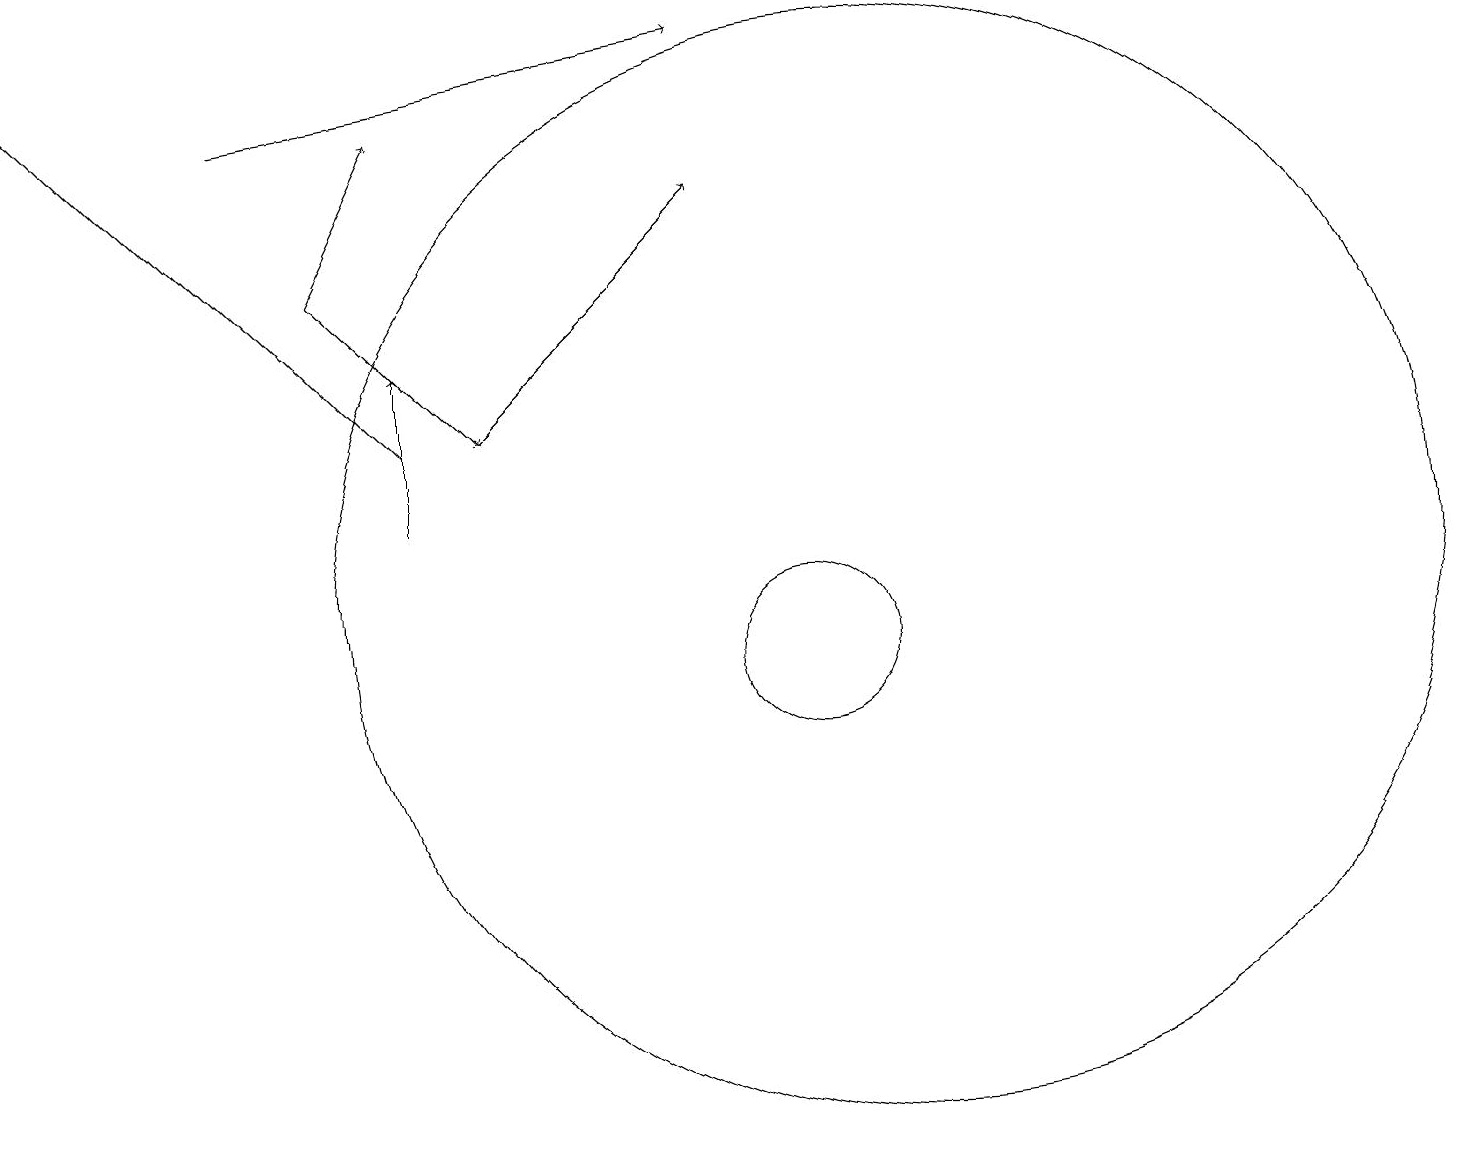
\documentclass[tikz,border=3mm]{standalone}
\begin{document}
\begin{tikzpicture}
\draw[->] (4,15) -- (5,17);
\draw[->] (5,12) -- (5,14);
\draw[->] (3,17) -- (9,18);
\draw[->] (5,13) -- (0,18);
\draw (11,11) circle (7);
\draw[->] (6,13) -- (9,16);
\draw (10,10) circle (1);
\draw[->] (4,15) -- (6,13);
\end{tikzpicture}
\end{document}